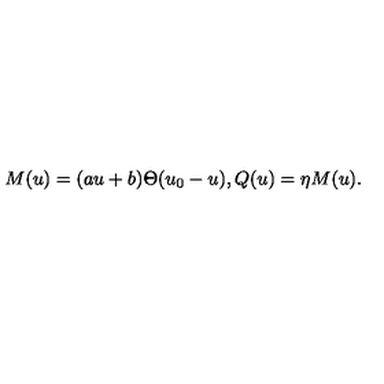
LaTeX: M ( u ) = ( a u + b ) \Theta ( u _ { 0 } - u ) , Q ( u ) = \eta M ( u ) .